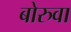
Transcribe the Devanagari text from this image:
बोरुवा